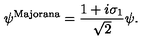
\psi ^ { \mathrm { M a j o r a n a } } = \frac { 1 + i \sigma _ { 1 } } { \sqrt { 2 } } \psi .